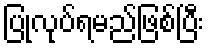
ပြုလုပ်ရမည်ဖြစ်ပြီး